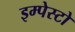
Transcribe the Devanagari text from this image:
इम्पेस्टो